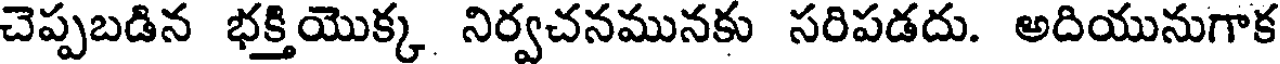
చెప్పబడిన భక్తియొక్క నిర్వచనమునకు సరిపడదు. అదియునుగాక